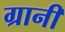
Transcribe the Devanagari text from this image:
ग्रानी